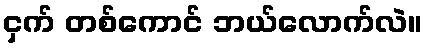
ငှက် တစ်ကောင် ဘယ်လောက်လဲ။